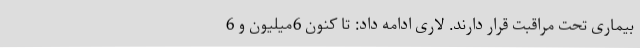
بیماری تحت مراقبت قرار دارند. لاری ادامه داد: تا کنون 6میلیون و 6